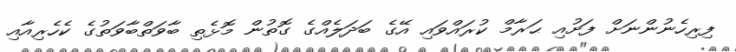
ފިރިހެނުންނަށް ފަށުއި ޙަރާމް ކުރައްވައި އޭގެ ބަދަލެއްގެ ގޮތުން މޮޅެތި ބާވަތްބާވަތުގެ ކެހެރިއާއި